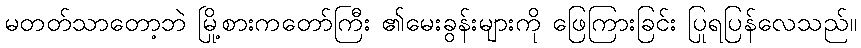
မတတ်သာတော့ဘဲ မြို့စားကတော်ကြီး ၏မေးခွန်းများကို ဖြေကြားခြင်း ပြုရပြန်လေသည်။